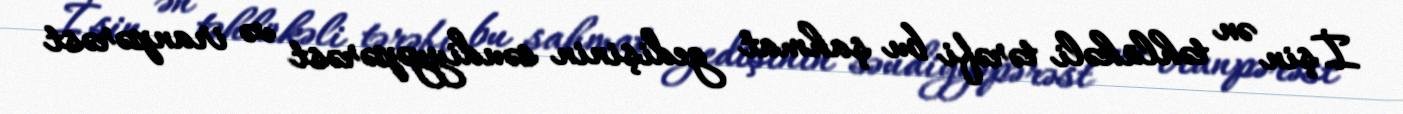
İşin ən təhlükəli tərəfi bu şahmat gedişinin səudiyyəpərəst və iranpərəst